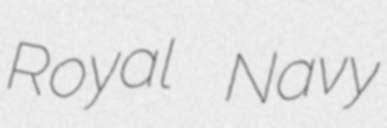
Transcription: Royal Navy